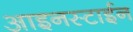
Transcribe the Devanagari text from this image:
आइनस्टाईन